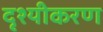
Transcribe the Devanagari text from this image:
दृश्यीकरण